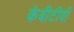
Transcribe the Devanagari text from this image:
केबीटीवी